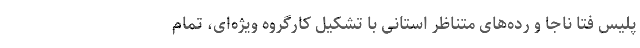
پلیس فتا ناجا و رده‌های متناظر استانی با تشکیل کارگروه ویژه‌ای، تمام